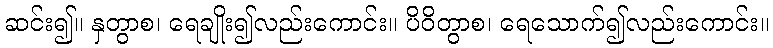
ဆင်း၍။ နှတွာစ၊ ရေချိုး၍လည်းကောင်း။ ပိဝိတွာစ၊ ရေသောက်၍လည်းကောင်း။